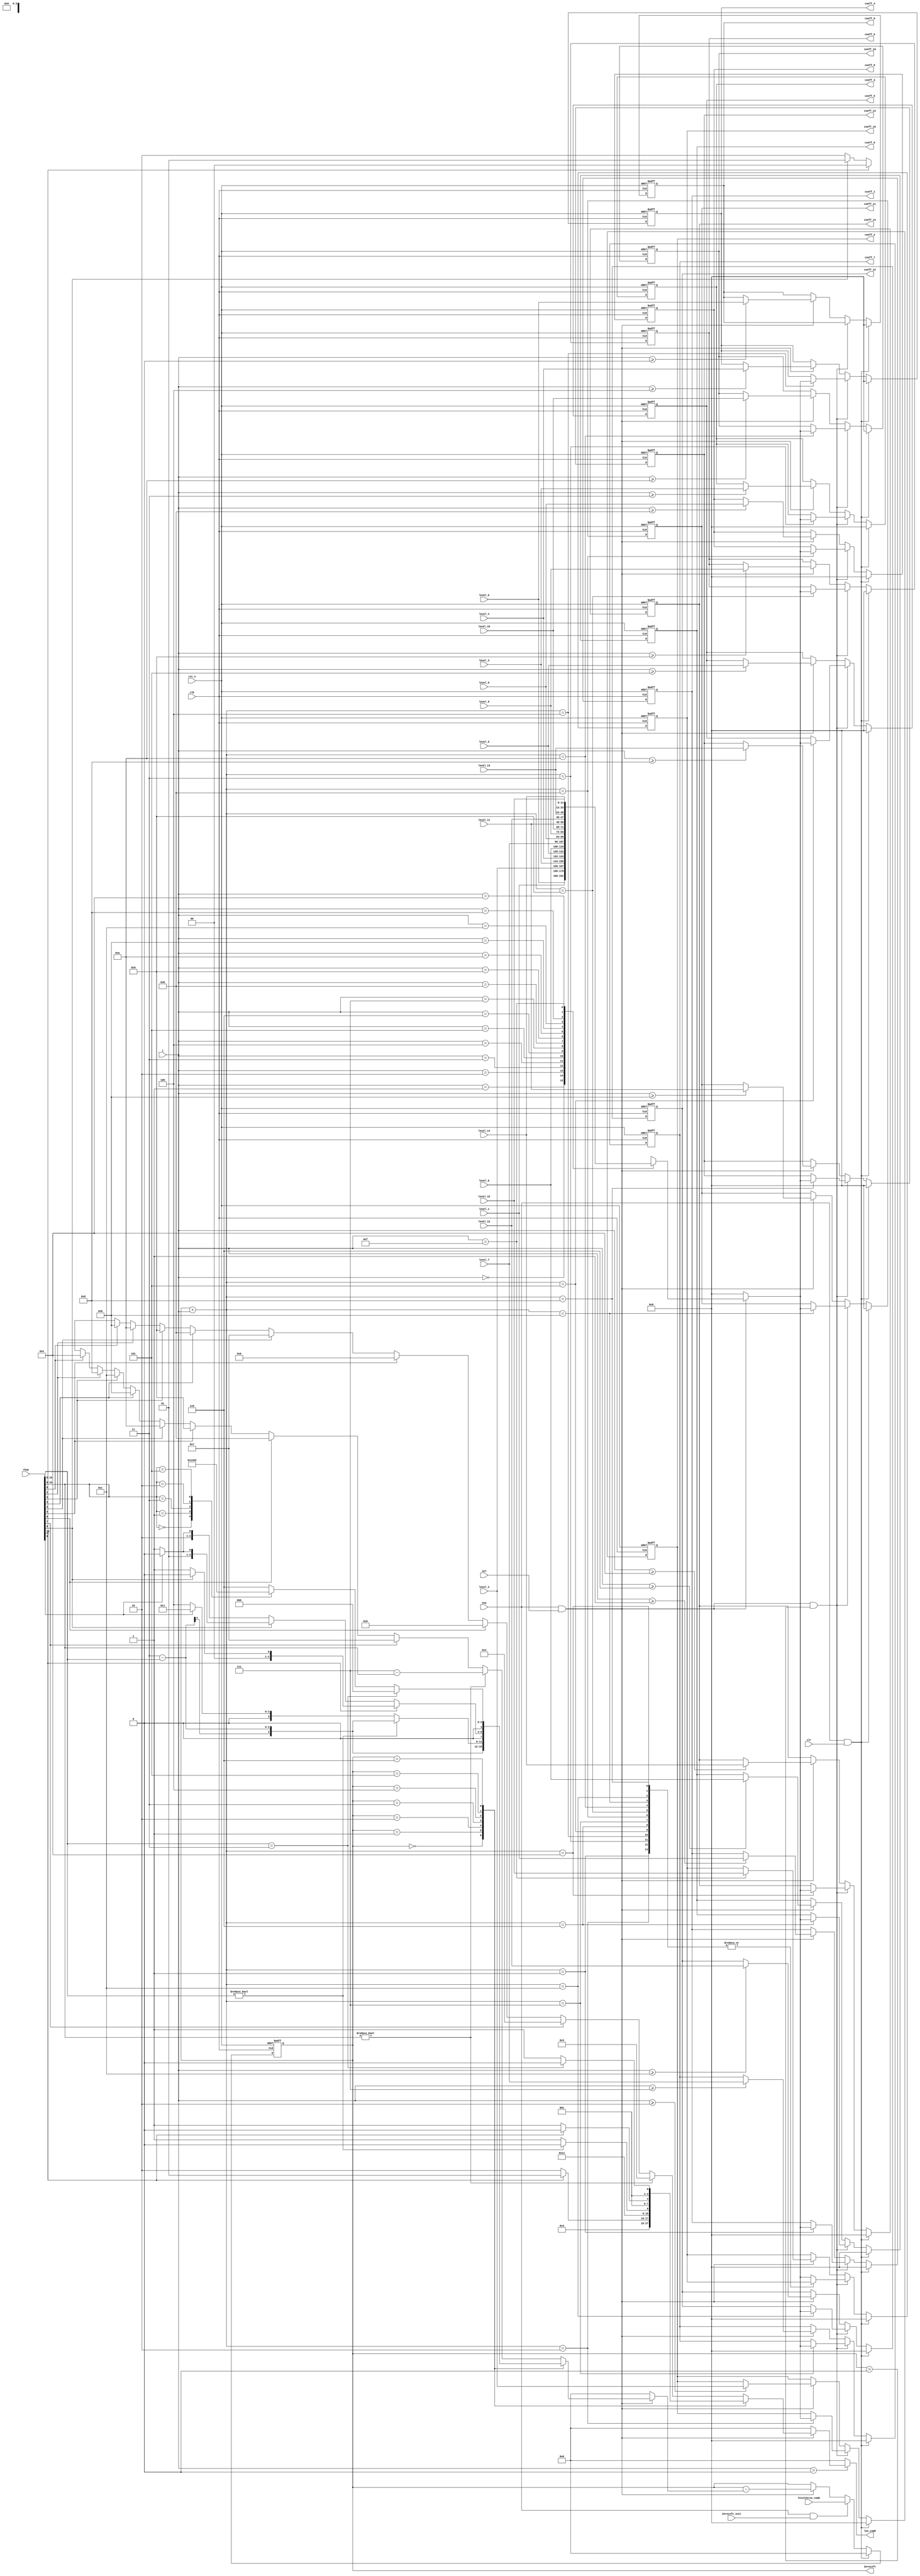
module cavlc_read_run_befores
(
    clk,
    rst_n,
    ena,
    sel,
    clr,
    ZeroLeft_init,
    
    rbsp,
    i,
    TotalZeros_comb,
    
    level_0,
    level_1,
    level_2,
    level_3,
    level_4,
    level_5,
    level_6,
    level_7,
    level_8,
    level_9,
    level_10,
    level_11,
    level_12,
    level_13,
    level_14,
    level_15,
        
    coeff_0,
    coeff_1,
    coeff_2,
    coeff_3,
    coeff_4,
    coeff_5,
    coeff_6,
    coeff_7,
    coeff_8,
    coeff_9,
    coeff_10,
    coeff_11,
    coeff_12,
    coeff_13,
    coeff_14,
    coeff_15,
    ZeroLeft,
    len_comb
);  
//----------------------
//ports
//----------------------
input   clk;
input   rst_n;
input   ena;
input   sel;
input   clr;
input   ZeroLeft_init;

input   [0:10]  rbsp;
input   [3:0]   i;          //range from TotalCoeff-1 to 0
input   [3:0]   TotalZeros_comb;

input   [11:0]   level_0;
input   [11:0]   level_1;
input   [11:0]   level_2;
input   [11:0]   level_3;
input   [11:0]   level_4;
input   [11:0]   level_5;
input   [11:0]   level_6;
input   [11:0]   level_7;
input   [11:0]   level_8;
input   [11:0]   level_9;
input   [11:0]   level_10;
input   [11:0]   level_11;
input   [11:0]   level_12;
input   [11:0]   level_13;
input   [11:0]   level_14;
input   [11:0]   level_15;

output  [11:0]   coeff_0;
output  [11:0]   coeff_1;
output  [11:0]   coeff_2;
output  [11:0]   coeff_3;
output  [11:0]   coeff_4;
output  [11:0]   coeff_5;
output  [11:0]   coeff_6;
output  [11:0]   coeff_7;
output  [11:0]   coeff_8;
output  [11:0]   coeff_9;
output  [11:0]   coeff_10;
output  [11:0]   coeff_11;
output  [11:0]   coeff_12;
output  [11:0]   coeff_13;
output  [11:0]   coeff_14;
output  [11:0]   coeff_15;

output  [3:0]   ZeroLeft;

output  [3:0]   len_comb;

//----------------------
//regs
//----------------------
reg     [3:0]   run;
reg     [3:0]   len;
reg     [11:0]   coeff;


reg     [3:0]   len_comb;

//----------------------
//FFs
//----------------------
reg     [3:0]   ZeroLeft;

reg     [11:0]   coeff_0;
reg     [11:0]   coeff_1;
reg     [11:0]   coeff_2;
reg     [11:0]   coeff_3;
reg     [11:0]   coeff_4;
reg     [11:0]   coeff_5;
reg     [11:0]   coeff_6;
reg     [11:0]   coeff_7;
reg     [11:0]   coeff_8;
reg     [11:0]   coeff_9;
reg     [11:0]   coeff_10;
reg     [11:0]   coeff_11;
reg     [11:0]   coeff_12;
reg     [11:0]   coeff_13;
reg     [11:0]   coeff_14;
reg     [11:0]   coeff_15;

//----------------------
//run & len
//----------------------
always @(rbsp or ZeroLeft or ena or sel)
if (ena && sel)
case(ZeroLeft)
    0 : begin len <= 0; run <= 0; end
    1 : begin len <= 1; run <= rbsp[0]? 0:1; end
    2 : begin if (rbsp[0]) begin
            run <= 0;
            len <= 1;
        end
        else if (rbsp[1]) begin
            run <= 1;
            len <= 2;
        end 
        else begin
            run <= 2;
            len <= 2;
        end
    end
    3 : begin
        run <= 3 - rbsp[0:1];
        len <= 2;
    end
    4 : begin
        if (rbsp[0:1] != 0) begin
            run <= 3 - rbsp[0:1];
            len <= 2;
        end
        else begin
            run <= rbsp[2]? 3:4;
            len <= 3;
        end
    end
    5 : begin
        if (rbsp[0]) begin
            run <= rbsp[1]? 0:1;
            len <= 2;
        end
        else if (rbsp[1]) begin
            run <= rbsp[2]? 2:3;
            len <= 3;
        end     
        else begin
            run <= rbsp[2]? 4:5;
            len <= 3;       
        end
    end
    6 : begin
        if (rbsp[0:1] == 2'b11) begin
            run <= 0;
            len <= 2;
        end
        else begin
            len <= 3;
            case(rbsp[0:2])
                3'b000 : run <= 1;
                3'b001 : run <= 2;
                3'b011 : run <= 3;
                3'b010 : run <= 4;
                3'b101 : run <= 5;
                default: run <= 6;
            endcase
        end     
    end
    default : begin
        if (rbsp[0:2] != 0) begin
            run <= 7 - rbsp[0:2];
            len <= 3;
        end
        else begin
            case (1'b1)
                rbsp[3] : begin run <= 7;   len <= 4; end
                rbsp[4] : begin run <= 8;   len <= 5; end
                rbsp[5] : begin run <= 9;   len <= 6; end
                rbsp[6] : begin run <= 10;  len <= 7; end
                rbsp[7] : begin run <= 11;  len <= 8; end
                rbsp[8] : begin run <= 12;  len <= 9; end
                rbsp[9] : begin run <= 13;  len <= 10;end
                rbsp[10]: begin run <= 14;  len <= 11;end
                default : begin run <= 'bx; len <='bx;end
            endcase
        end
    end
endcase
else begin
    len <= 0;
    run <= 0;
end

//----------------------
//len_comb
//----------------------
always @(*)
if (i >  0)
    len_comb <= len;
else
    len_comb <= 0;
    
    
//----------------------
//ZeroLeft
//----------------------
always @(posedge clk or negedge rst_n)
if (!rst_n)
    ZeroLeft <= 0;
else if (ena && clr)    //in case TotalCoeff >= max_coeff_num
    ZeroLeft <= 0;
else if (ena && ZeroLeft_init)
    ZeroLeft <= TotalZeros_comb;
else if (ena && sel )//if ZeroLeft == 0, run will be 0
    ZeroLeft <= ZeroLeft - run; 
        
//----------------------
//coeff
//----------------------
always @(*)
if (ena && sel)
case (i)
    0 :coeff <= level_0;
    1 :coeff <= level_1;
    2 :coeff <= level_2;
    3 :coeff <= level_3;
    4 :coeff <= level_4;
    5 :coeff <= level_5;    
    6 :coeff <= level_6;
    7 :coeff <= level_7;
    8 :coeff <= level_8;
    9 :coeff <= level_9;
    10:coeff <= level_10;
    11:coeff <= level_11;       
    12:coeff <= level_12;
    13:coeff <= level_13;
    14:coeff <= level_14;
    15:coeff <= level_15;
endcase
else
    coeff <= 0;

//----------------------
//coeff_0 to coeff_15
//----------------------
always @(posedge clk or negedge rst_n)
if (!rst_n) begin
    coeff_0 <= 0;   coeff_1 <= 0;   coeff_2 <= 0;   coeff_3 <= 0;
    coeff_4 <= 0;   coeff_5 <= 0;   coeff_6 <= 0;   coeff_7 <= 0;
    coeff_8 <= 0;   coeff_9 <= 0;   coeff_10<= 0;   coeff_11<= 0;
    coeff_12<= 0;   coeff_13<= 0;   coeff_14<= 0;   coeff_15<= 0;
end
else if (ena && clr) begin
    coeff_0 <= 0;   coeff_1 <= 0;   coeff_2 <= 0;   coeff_3 <= 0;
    coeff_4 <= 0;   coeff_5 <= 0;   coeff_6 <= 0;   coeff_7 <= 0;
    coeff_8 <= 0;   coeff_9 <= 0;   coeff_10<= 0;   coeff_11<= 0;
    coeff_12<= 0;   coeff_13<= 0;   coeff_14<= 0;   coeff_15<= 0;
end
else if (ena && sel && ZeroLeft > 0)
case (ZeroLeft+i)
    1 :coeff_1  <= coeff;
    2 :coeff_2  <= coeff;
    3 :coeff_3  <= coeff;
    4 :coeff_4  <= coeff;
    5 :coeff_5  <= coeff;
    6 :coeff_6  <= coeff;
    7 :coeff_7  <= coeff;
    8 :coeff_8  <= coeff;
    9 :coeff_9  <= coeff;
    10:coeff_10 <= coeff;
    11:coeff_11 <= coeff;
    12:coeff_12 <= coeff;
    13:coeff_13 <= coeff;
    14:coeff_14 <= coeff;
    default:
    coeff_15    <= coeff;
endcase
else if (ena && sel) begin
    if (i >= 0) coeff_0  <= level_0;
    if (i >= 1) coeff_1  <= level_1;
    if (i >= 2) coeff_2  <= level_2;
    if (i >= 3) coeff_3  <= level_3;
    if (i >= 4) coeff_4  <= level_4;
    if (i >= 5) coeff_5  <= level_5;
    if (i >= 6) coeff_6  <= level_6;
    if (i >= 7) coeff_7  <= level_7;
    if (i >= 8) coeff_8  <= level_8;
    if (i >= 9) coeff_9  <= level_9;
    if (i >= 10)coeff_10 <= level_10;
    if (i >= 11)coeff_11 <= level_11;
    if (i >= 12)coeff_12 <= level_12;
    if (i >= 13)coeff_13 <= level_13;
    if (i >= 14)coeff_14 <= level_14;
    if (i == 15)coeff_15 <= level_15;
end
endmodule